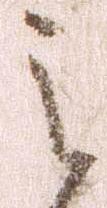
之